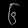
Digit: ၆